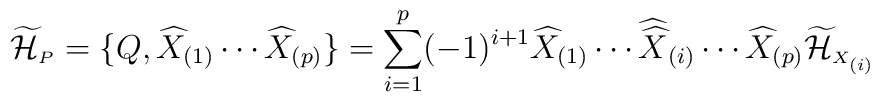
\widetilde{\cal H}_{\scriptscriptstyle P}=\{Q,\widehat{X}_{(1)}\cdots\widehat{X}_{(p)}\}=\sum_{i=1}^p(-1)^{i+1}\widehat{X}_{(1)}\cdots{\widehat{\widehat X}}_{(i)}\cdots\widehat{X}_{(p)}\widetilde{\cal H}_{\scriptscriptstyle X_{(i)}}